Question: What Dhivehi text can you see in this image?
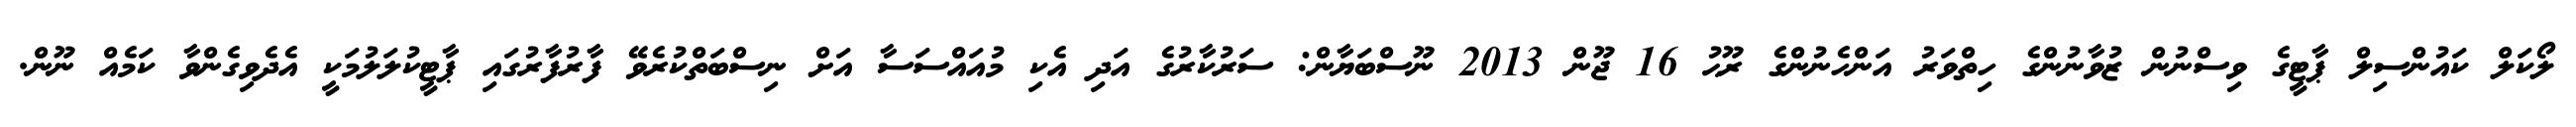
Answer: ލޯކަލް ކައުންސިލް ޕާޓީގެ ވިސްނުން ޒުވާނުންގެ ހިތްވަރު އަންހެނުންގެ ރޫޙު 16 ޖޫން 2013 ނޫސްބަޔާން: ސަރުކާރުގެ އަދި އެކި މުއައްސަސާ އަށް ނިސްބަތްކުރެވޭ ފާރުފާރުގައި ޕާޓީކުލަލުމަކީ އެދެވިގެންވާ ކަމެއް ނޫން.